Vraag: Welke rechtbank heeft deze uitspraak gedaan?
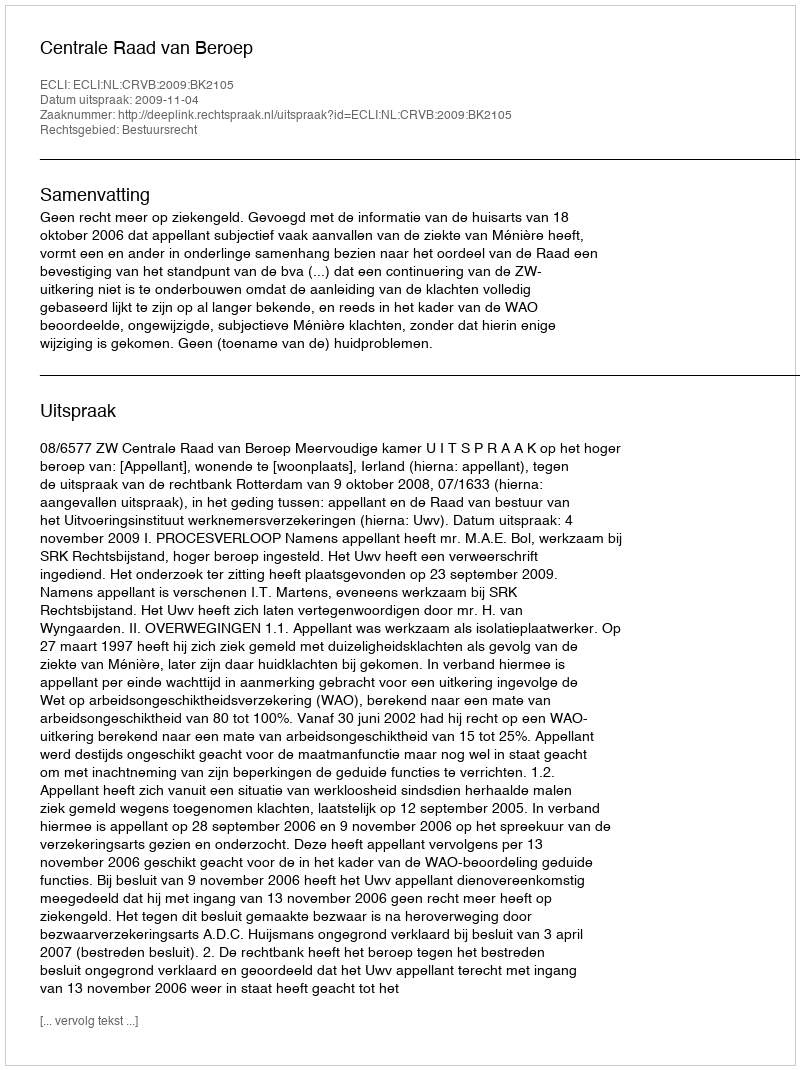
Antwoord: Centrale Raad van Beroep